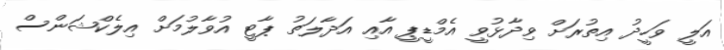
އަލީ ވަހީދު އިތުރަށް ވިދާޅުވީ އެމްޑީޕީ އާއި އަދާލަތު ޕާޓީ އުވާލުމަށް އިލެކްޝަންސް